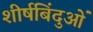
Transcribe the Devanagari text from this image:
शीर्षबिंदुओं